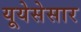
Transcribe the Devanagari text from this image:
यूयेसेसार